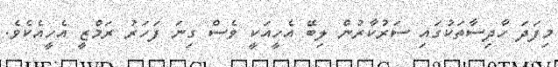
މިފަދަ ހާދިސާތަކުގައި ސަރުކާރުން ލިބޭ އެހީއަކީ ވެސް ގިނަ ފަހަރު ރަމްޒީ އެހީއެކެވެ.